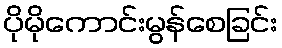
ပိုမိုကောင်းမွန်စေခြင်း